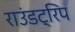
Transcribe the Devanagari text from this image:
राउंडट्रिप